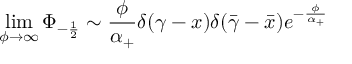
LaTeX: \operatorname * { l i m } _ { \phi \rightarrow \infty } \Phi _ { - \frac 1 2 } \sim \frac \phi { \alpha _ { + } } \delta ( \gamma - x ) \delta ( \bar { \gamma } - \bar { x } ) e ^ { - \frac { \phi } { \alpha _ { + } } }